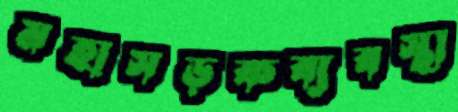
মহাসড়কব্যবস্থা